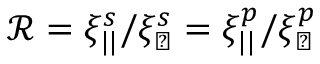
\mathcal { R } = \xi _ { | | } ^ { s } / \xi _ { \perp } ^ { s } = \xi _ { | | } ^ { p } / \xi _ { \perp } ^ { p }